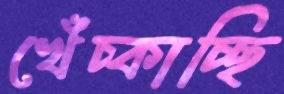
খেঁচ্‌কাচ্ছি